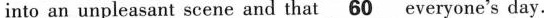
into an unpleasant scene and that\underline60 evrryone"s day _day.